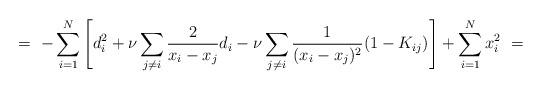
LaTeX: \begin{align*}=\ - \sum_{i=1}^N \left[ d_i^2 + \nu \sum_{j\neq i} \frac 2 {x_i - x_j} d_i- \nu\sum_{j\neq i} \frac 1 {(x_i-x_j)^2} (1 - K_{ij}) \right] +\sum_{i=1}^N x_i^2 \ =\end{align*}